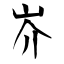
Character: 岕